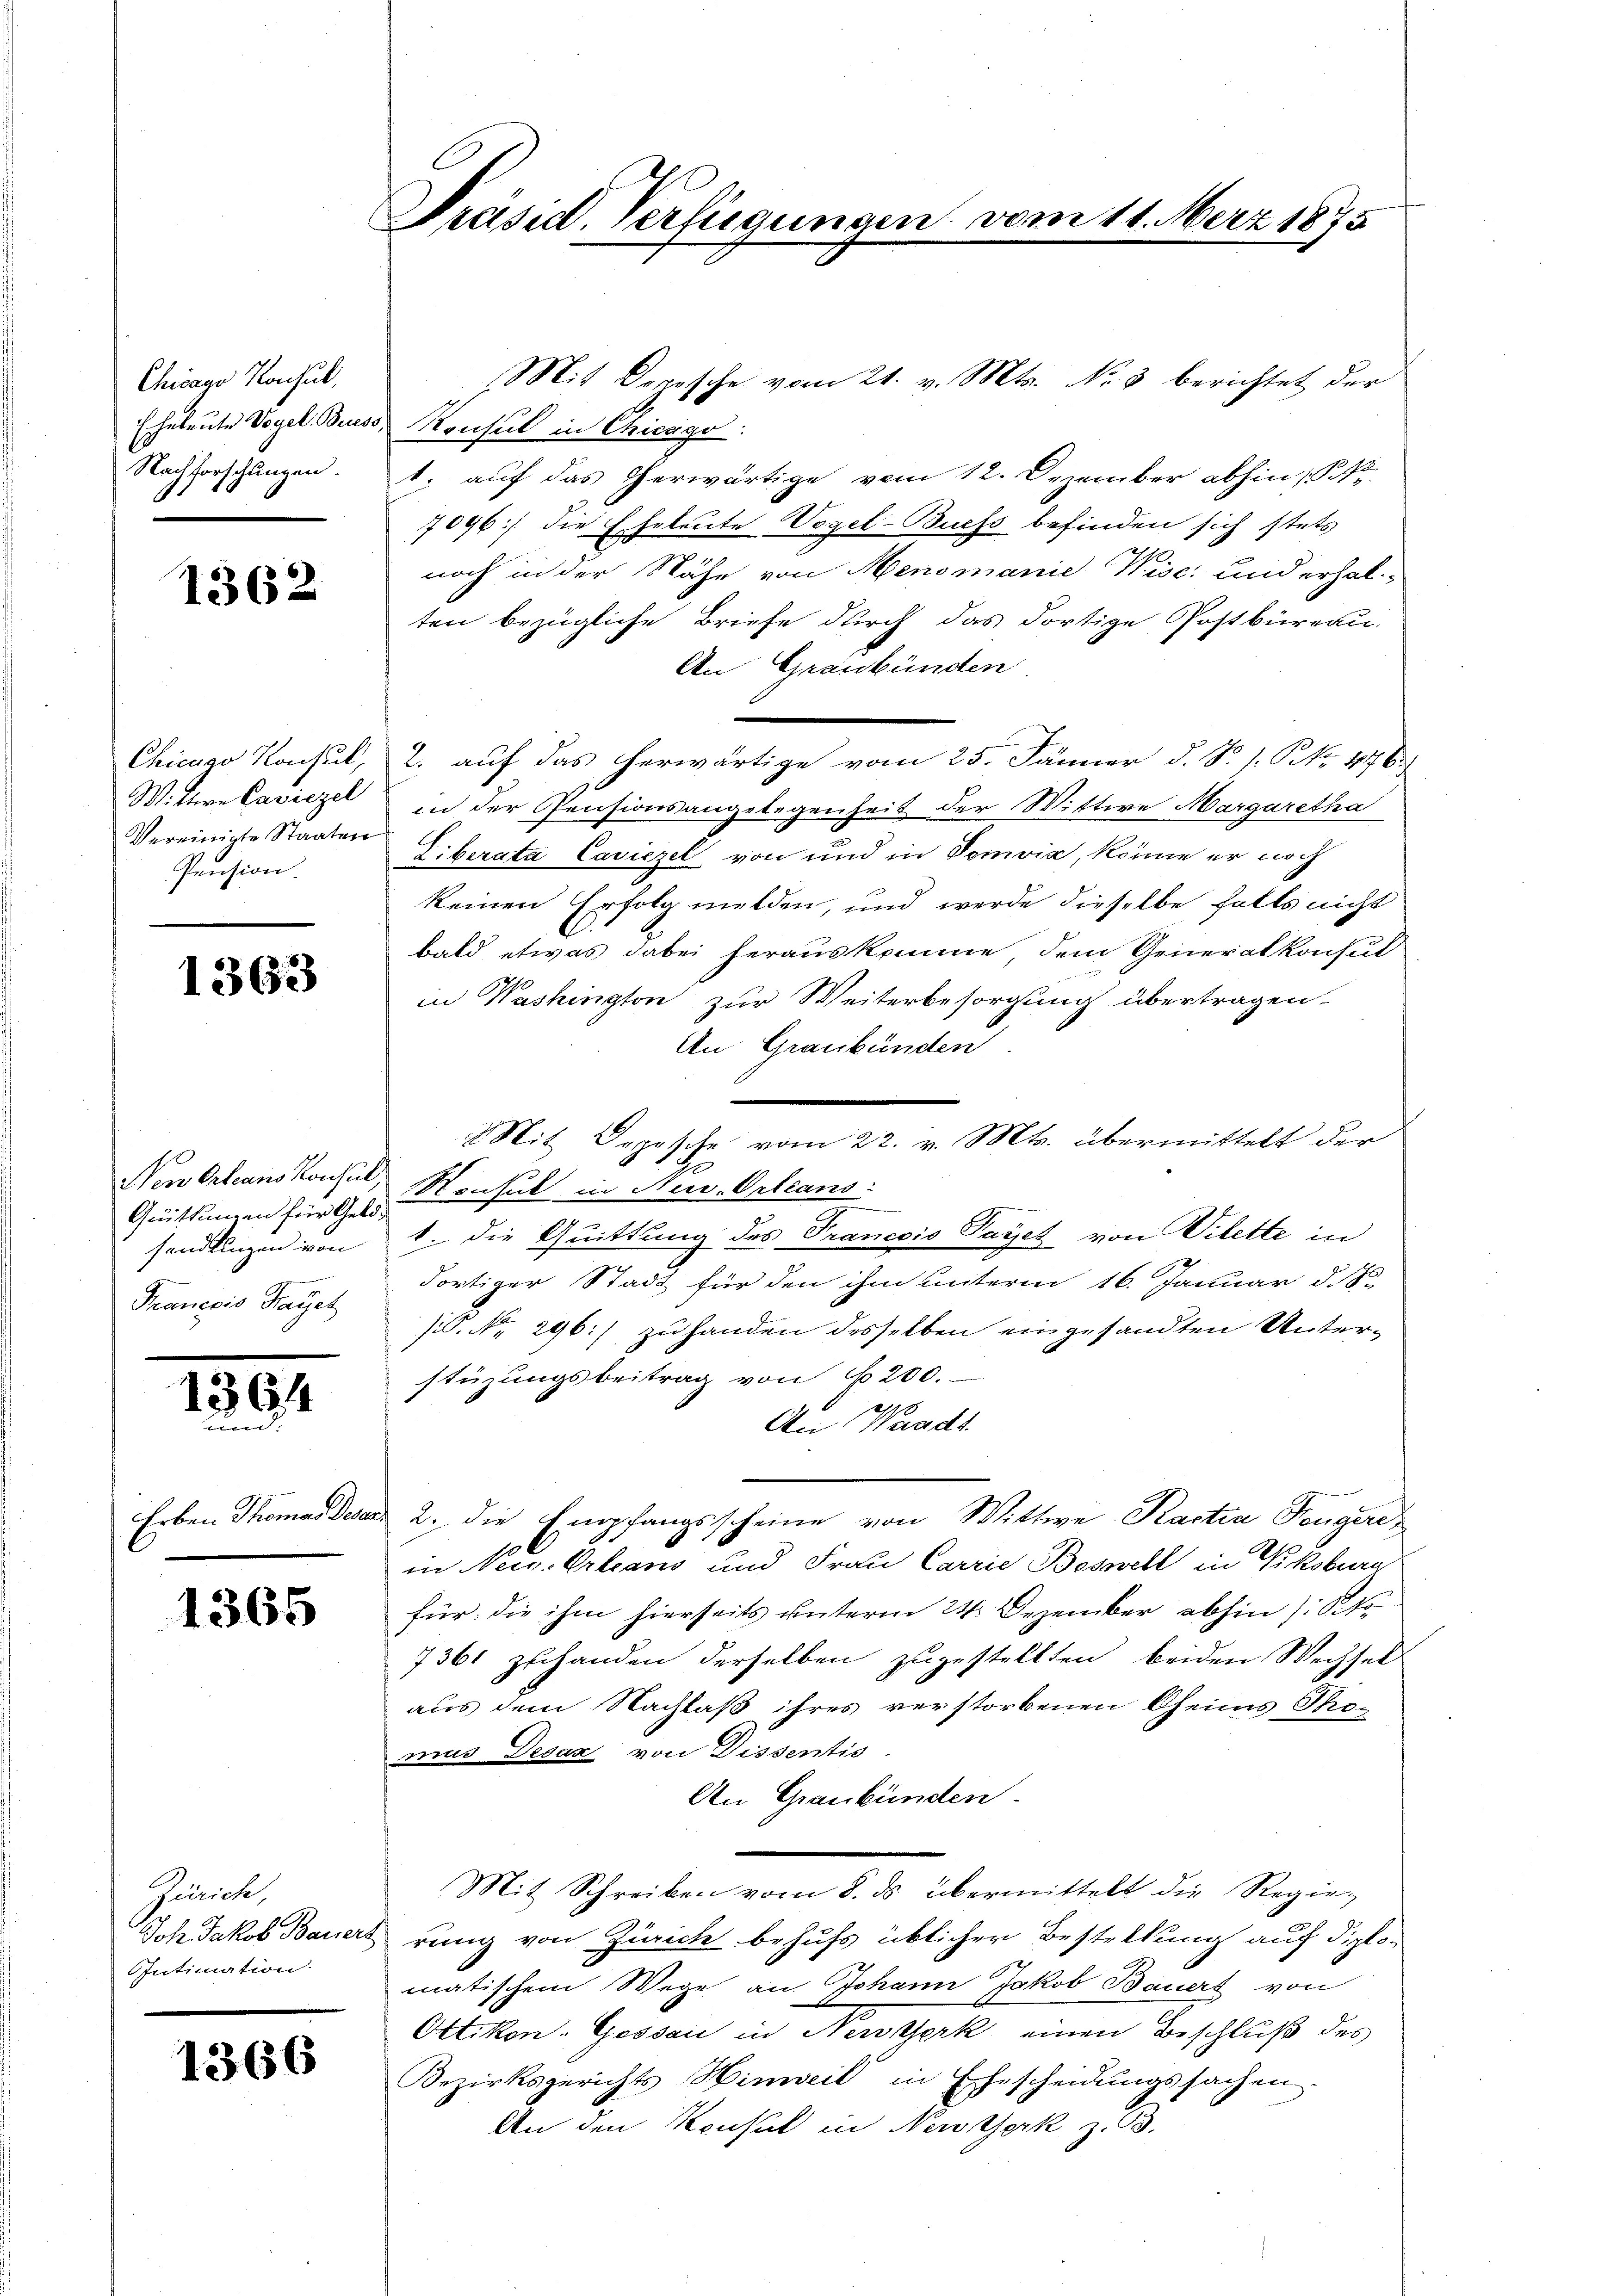
Chicago Konsul,
Eheleute Vogel. Beso
Nachforschungen.

1362

Chicago Konsul,
Wittere Caviezel
Vereinigte Staaten
Pension

1363

en Orleans Konsul
Grüttungen für Gele
handlungen von
Franccio Pajetz

13944

Erben Thomas Desce

1365

Zürich,
Joh. Jakob Bauers
Intimation

1366

Präsid. Verfügungen

Mit Depesche vom 21. v. Mts. No 8 berichtet der
Konsul in Chicago
1. auf das herwärtige vom 12. Dezember abhin (S.
7096) die Eheleute Vogel-Buchs befinden sich stets
noch in der Nähe von Menomanie Wisc: und erhal-
ten bezügliche Briefe durch das dortige Postbüreau-
An Graubünden
2. auf das herwärtige vom 25. Jänner d. S. s. No 476.
in der Pensionsangelegenheit der Wittwe Margaretha
Liberata Caviezel von und in Domvia, könne er noch
keinen Erfolg melden, und werde dieselbe falls nicht
bald etwas dabei herauskomme, dem Generalkonsul
in Washington zur Weiterbesorgung übertragen.
An Graubünden.
Mit Depesche vom 22. v. Mts. übermittelt der
Nonsul in Aus-Orleans
1. die Quittung des Trancois Payer von Vilette in
dortiger Stadt für den ihm unterm 16. Januar d. M.
(. No. 296.) zu handen desselben eingesandten Unterstüzungsbeitrag von 1200.
An Waadt
2. die Empfangsscheine von Wittwe Kactia Rengere
in Nees. Erleans und Frau Carrie Beswill in Viksburg
für die ihm hierseits unterm 24. Dezember abhin (: St
7361 zuhanden derselben zugestellten, beiden Wechsel
aus dem Nachlaß ihres verstorbenen Oheims Thomus Decax von Dissentis
An Graubünden.
Mit Schreiben vom 8. ds. übermittelt die Regierung von Zürich behufs üblicher Bestellung auf diplomatischem Wege an Johann Jakob Bauert von
Ottikon. Gessau in Newerk einen Beschluß des
Bezirksgerichts Hinweil in Ehescheidungssachen.
An den Konsul in Neusterk z. B.

11. März 1875